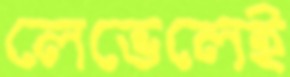
লেভেলেই